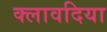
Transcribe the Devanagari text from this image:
क्लावदिया